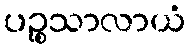
ပဉ္စသာလာယံ